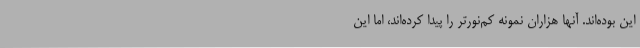
این بوده‌اند. آنها هزاران نمونه کم‌نورتر را پیدا کرده‌اند، اما این